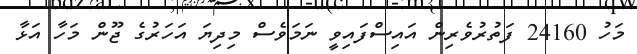
މަހު 24160 ފަތުރުވެރިން އައިސްފައިވީ ނަމަވެސް މިދިޔަ އަހަރުގެ ޖޫން މަހާ އަޅާ